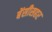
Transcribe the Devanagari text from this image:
बेंसीसहर